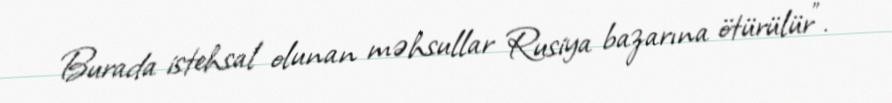
Burada istehsal olunan məhsullar Rusiya bazarına ötürülür”.